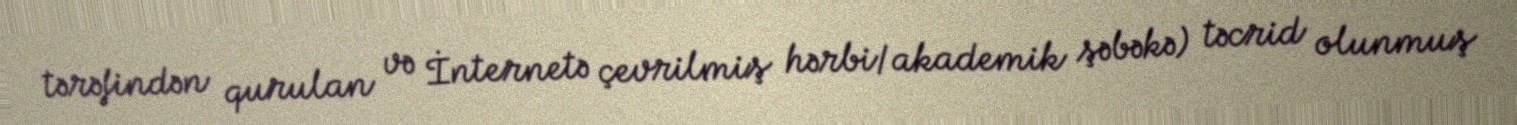
tərəfindən qurulan və İnternetə çevrilmiş hərbi/akademik şəbəkə) təcrid olunmuş